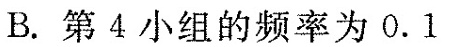
B.第4小组的频率为0.1